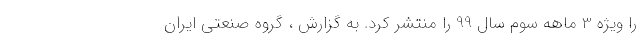
را ویژه 3 ماهه سوم سال 99 را منتشر کرد. به گزارش ، گروه صنعتی ایران